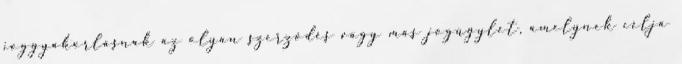
joggyakorlásnak az olyan szerződés vagy más jogügylet, amelynek célja